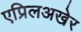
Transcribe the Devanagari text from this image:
एप्रिलअखेर